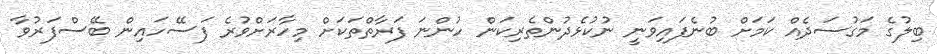
ބިލުގެ މަގުސަދެއް ކަމަށް ބުނެފައިވަނީ ނުކުޅެދުންތެރިކަން ހުންނަ ފަރާތްތަކަށް މިހާރަށްވުރެ ފަސޭހައިން ބޭސްފަރުވާ